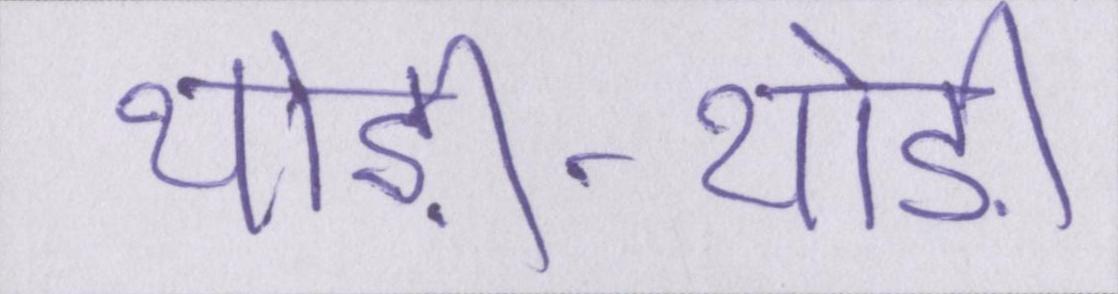
थोड़ी-थोड़ी